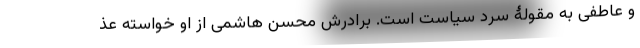
و عاطفی به مقولۀ سرد سیاست است. برادرش محسن هاشمی از او خواسته عذ